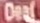
Deal